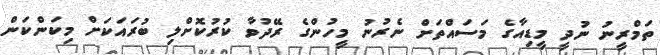
ތަމްރީނު ނުދީ މީޑިއާގެ މަސައްތަށް ނެރުނު މީހުންގެ ރޭދުވާ ކުރުކޮށްލި ބުރައަކަށް މިކަންކަން